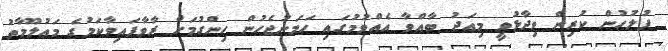
ފުލުހުން ކުރިން ވިދާޅުވީ މިއަދު ބާއްވާ އެއްވުމުގައި ހަމަނުޖެހުން ހިންގުމަށް ރާވާފައިވާކަމުގެ މަޢުލޫމާތު